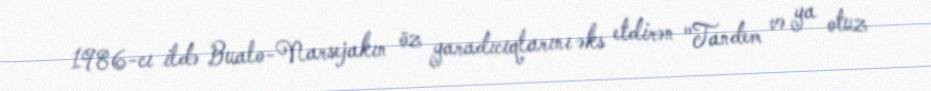
1986-cı ildə Bualo-Narsejakın öz yaradıcıqlarını əks etdirən "Tandem və ya otuz